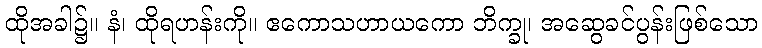
ထိုအခါ၌။ နံ၊ ထိုရဟန်းကို။ ဧကောသဟာယကော ဘိက္ခု၊ အဆွေခင်ပွန်းဖြစ်သော